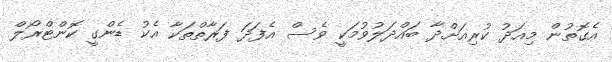
އެގޮތުން މިއަދު ކުރިއަށްދާ ބައްދަލުވުމަކީ ވެސް އެފަދަ ފަރާތްތަކާ އެކު ޑެންގީ ކޮންޓްރޯލް